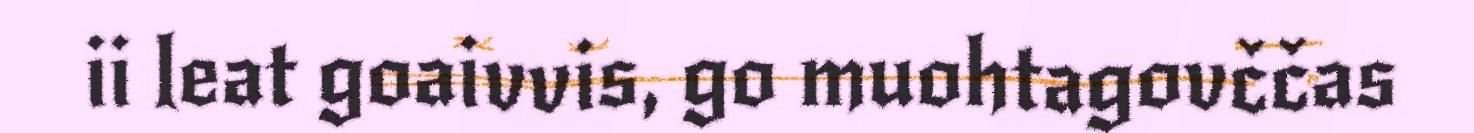
ii leat goaivvis, go muohtagovččas